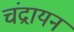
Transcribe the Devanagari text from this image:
चंद्रायन